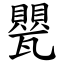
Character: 甖